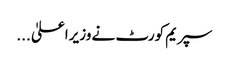
سپریم کورٹ نے وزیراعلیٰ ...